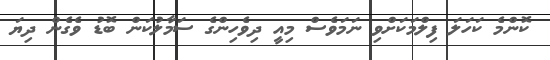
ކޮންމެ ކަހަލަ ފިލްމަކަށްވި ނަމަވެސް މިއީ ދިވެހިންގެ ސަމާލުކަން ބޮޑު ވެގެން ދިޔަ